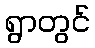
ရွာတွင်